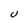
Character: U